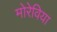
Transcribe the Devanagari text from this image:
मोरेविया